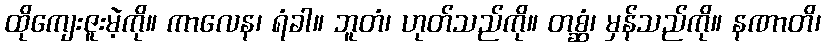
ထိုကျေးဇူးမဲ့ကို။ ကာလေန၊ ရံခါ။ ဘူတံ၊ ဟုတ်သည်ကို။ တစ္ဆံ၊ မှန်သည်ကို။ နဏာတိ၊